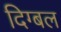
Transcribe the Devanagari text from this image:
दिग्बल